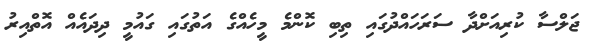
ޖަލްސާ ކުރިއަށްދާ ސަރަހައްދުގައި ތިބި ކޮންމެ މީހެއްގެ އަތުގައި ގައުމީ ދިދައެއް އޮތްއިރު